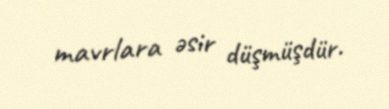
mavrlara əsir düşmüşdür.